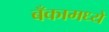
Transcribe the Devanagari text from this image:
बँकामध्ये